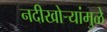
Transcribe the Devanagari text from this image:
नदीखोर्‍यांमुळे